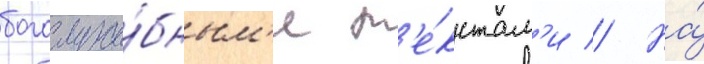
богослуже́бным'и т'е́кстам'и // На́